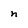
Character: n